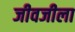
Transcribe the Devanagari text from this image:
जीवजीला